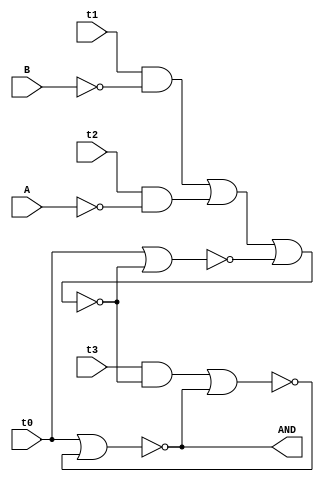
module main_and(
              output  AND, input wire A,B,t0,t1,t2,t3
              );
              
wire Abar,Bbar;
wire p1,p2,p3,p4,Y,Ybar,X,Xbar;
not x1(Abar, A);                //A'
not x2(Bbar, B);                //B'

and x3(p1,t1,Bbar);  //t2B'
and x4(p2,t2,Abar);  //t3A'
or x5(p3,p1,p2);     //t2B'+t3A'

nor (X,t0,Xbar);
nor (Xbar, p3,X);

and x6(p4,t3,Xbar);

nor (Y,t0,Ybar);
nor (Ybar,p4,Y);
 
assign AND=Y;
endmodule